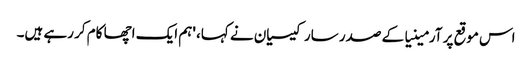
اس موقع پر آرمینیا کے صدر سارکیسیان نے کہا، 'ہم ایک اچھا کام کر رہے ہیں۔